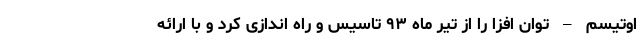
اوتیسم – توان افزا را از تیر ماه ۹۳ تاسیس و راه اندازی کرد و با ارائه